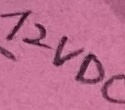
Text: 12VDC